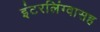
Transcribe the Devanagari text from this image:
इंटरलिंग्वासह